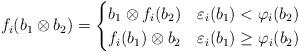
LaTeX: \begin{align*} f_i(b_1\otimes b_2) &= \begin{cases} b_1\otimes f_i(b_2) &\varepsilon_i(b_1) < \varphi_i(b_2)\\ f_i(b_1)\otimes b_2 &\varepsilon_i(b_1)\geq \varphi_i(b_2) \end{cases} \end{align*}